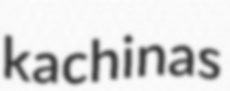
kachinas